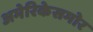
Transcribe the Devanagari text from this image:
अमेरिकेसमोर